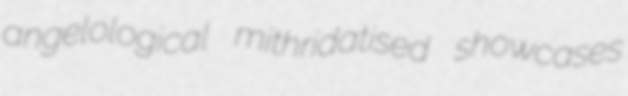
angelological mithridatised showcases